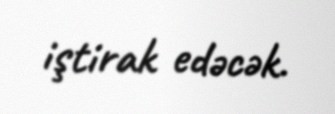
iştirak edəcək.